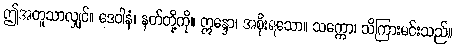
ဤအတူသာလျှင်။ ဒေဝါနံ၊ နတ်တို့ကို။ ဣန္ဒော၊ အစိုးရသော။ သက္ကော၊ သိကြားမင်းသည်။